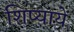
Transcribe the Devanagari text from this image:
शिष्यायें